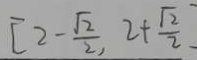
[ 2 - \frac { \sqrt { 2 } } { 2 } , 2 + \frac { \sqrt { 2 } } { 2 } ]